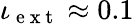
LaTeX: \iota_{\mathrm{~e~x~t~}}\approx 0.1